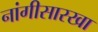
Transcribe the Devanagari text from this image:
नांगीसारखा